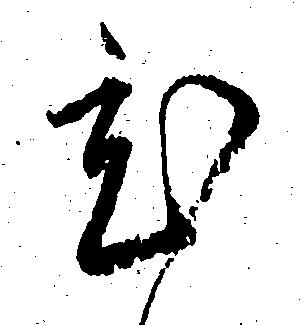
ひ